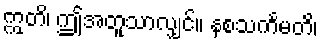
ဣတိ၊ ဤအတူသာလျှင်။ နစသင်္ကမတိ၊